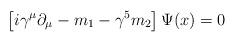
LaTeX: \begin{align*}\left [i\gamma^\mu \partial_\mu - m_1 - \gamma^5 m_2 \right ] \Psi (x) =0\,\end{align*}